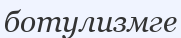
ботулизмге